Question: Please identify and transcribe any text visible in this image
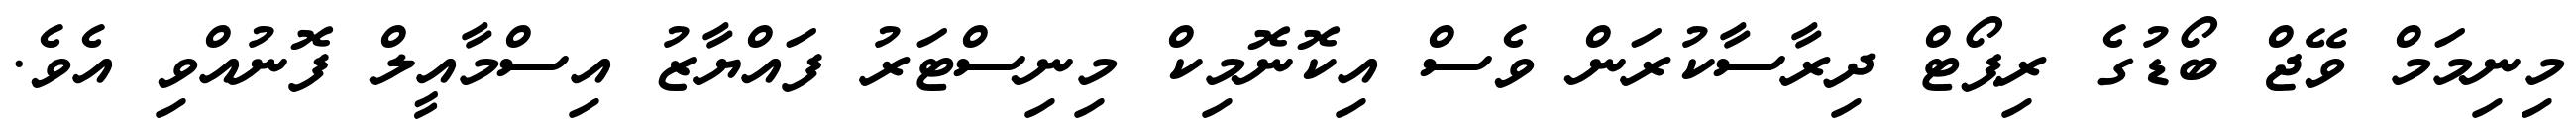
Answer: މިނިމަމް ވޭޖް ބޯޑުގެ ރިޕޯޓް ދިރާސާކުރަން ވެސް އިކޮނޮމިކް މިނިސްޓަރު ފައްޔާޒު އިސްމާއީލް ފޮނުއްވި އެވެ.